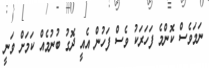
ނަމަވެސް ކޮންމެ ފަހަރަކު ވެސް ފަހުން އެއީ ދޮގު ބުނުމެއް ކަމަށް ވަނީ